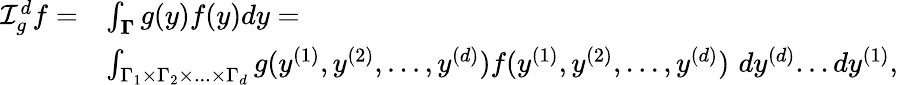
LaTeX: \begin{array}{rl}{\mathcal{I}_{g}^{d}f=}&{\int_{\boldsymbol{\Gamma}}g(y)f(y)dy=}\\ &{\int_{\Gamma_{1}\times\Gamma_{2}\times...\times\Gamma_{d}}g(y^{(1)},y^{(2)},...,y^{(d)})f(y^{(1)},y^{(2)},...,y^{(d)})\, \, dy^{(d)}...dy^{(1)},}\end{array}